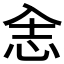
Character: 𰑎